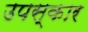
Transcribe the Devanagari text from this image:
उपस्‍कार